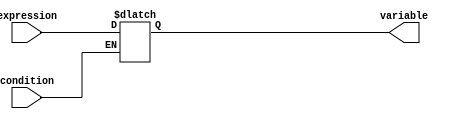
module continuous_assignment(
    input wire condition,
    input wire expression,
    output reg variable
);

always @(*) begin
    if(condition) begin
        variable = expression;
    end
end

endmodule